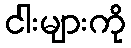
ငါးများကို